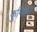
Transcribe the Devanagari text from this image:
कुर्मितोला